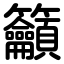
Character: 籲